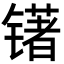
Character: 䦃